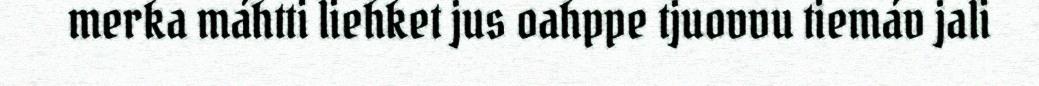
merka máhtti liehket jus oahppe tjuovvu tiemáv jali